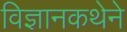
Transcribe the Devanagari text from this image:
विज्ञानकथेने